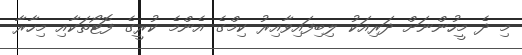
މި ދެ މީހުންނަށް ދަރިއަކު ލިބިފައިވާއިރު ކިމްގެ އެންމެ ކުރީގެ ފޮޓޯތަކާއި މިހާރާ